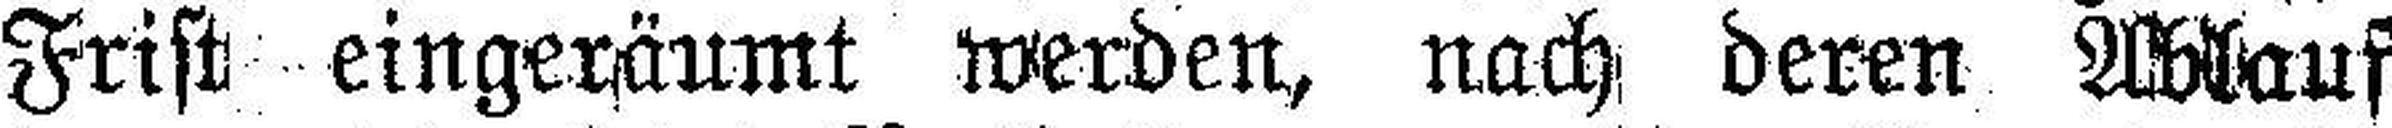
Frist eingeräumt werden, nach deren Ablauf